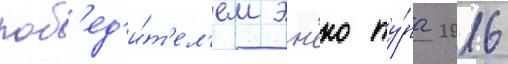
поб'ед'и́т'ел'ем эн'еко ту́ра 2016